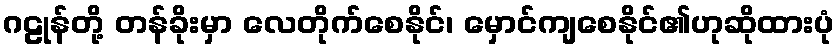
ဂဠုန်တို့ တန်ခိုးမှာ လေတိုက်စေနိုင်၊ မှောင်ကျစေနိုင်၏ဟုဆိုထားပုံ